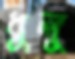
ধুলু